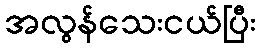
အလွန်သေးငယ်ပြီး